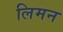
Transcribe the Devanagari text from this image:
लिमन